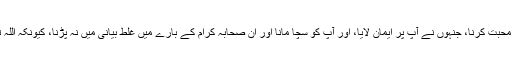
6-آپ صلی اللہ علیہ وسلم کے ان صحابہ سے محبت کرنا، جنہوں نے آپ پر ایمان لایا، اور آپ کو سچا مانا اور ان صحابہ کرام کے بارے میں غلط بیانی میں نہ پڑنا، کیونکہ اللہ تعالی نے انہیں اپنی مدح سرائی سے نوازا ہے۔